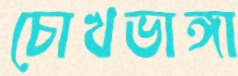
চোখভাঙ্গা